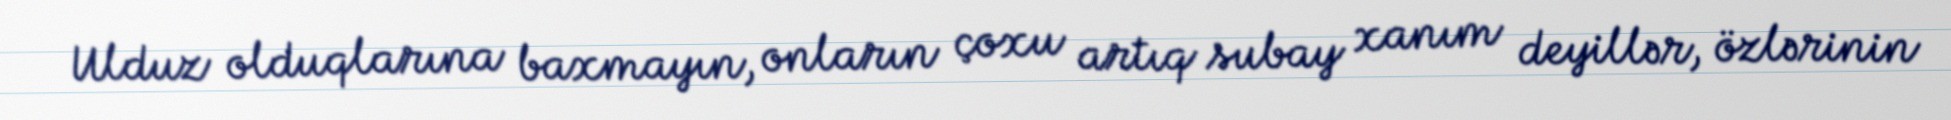
Ulduz olduqlarına baxmayın, onların çoxu artıq subay xanım deyillər, özlərinin